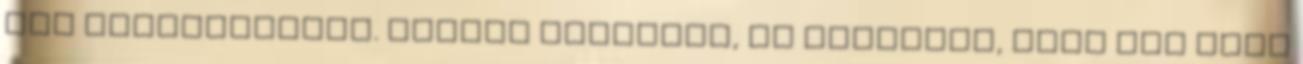
itt szembesültem. Nagyon izgultam, de kiderült, hogy nem volt